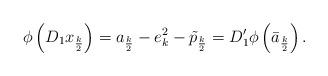
LaTeX: \begin{align*}\phi\left(D_1{x}_{\frac{k}{2}}\right)= a_{\frac{k}{2}}-e_k^2-\tilde{p}_{\frac{k}{2}}=D_1'\phi\left(\bar{a}_{\frac{k}{2}}\right).\end{align*}